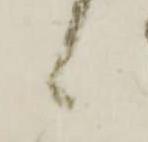
候